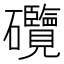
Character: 𥗽